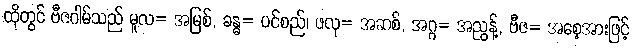
ထိုတွင် ဗီဇဂါမ်သည် မူလ= အမြစ်, ခန္ဓ= ပင်စည်၊ ဖလု= အဆစ်, အဂ္ဂ= အညွန့်, ဗီဇ= အစေ့အားဖြင့်